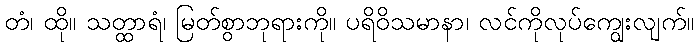
တံ၊ ထို။ သတ္ထာရံ၊ မြတ်စွာဘုရားကို။ ပရိဝိသမာနာ၊ လင်ကိုလုပ်ကျွေးလျက်။